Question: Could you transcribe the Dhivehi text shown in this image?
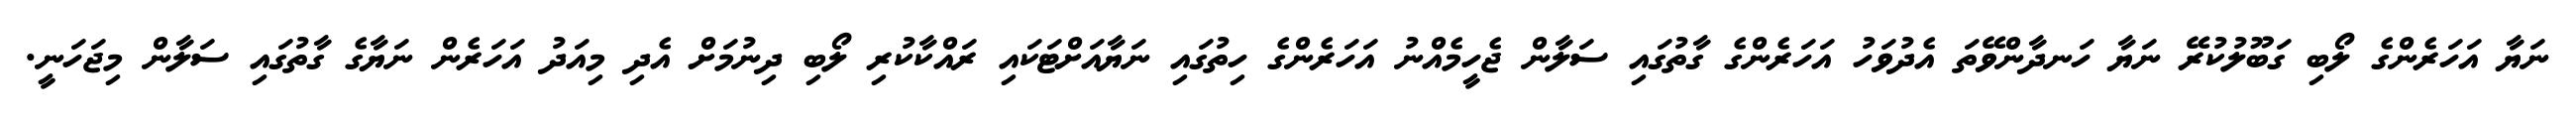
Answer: ނަޔާ އަހަރެންގެ ލޯބި ގަބޫލުކުރޭ ނަޔާ ހަނދާންވޭތަ އެދުވަހު އަހަރެންގެ ގާތުގައި ސަލާން ޖެހީމެއްނު އަހަރެންގެ ހިތުގައި ނަޔާއަށްޓަކައި ރައްކާކުރި ލޯބި ދިނުމަށް އެދި މިއަދު އަހަރެން ނަޔާގެ ގާތުގައި ސަލާން މިޖަހަނީ.